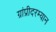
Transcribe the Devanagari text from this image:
ग्रांप्रीदरम्यान